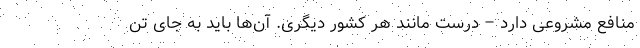
منافع مشروعی دارد – درست مانند هر کشور دیگری. آن‌ها باید به جای تن